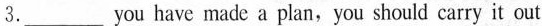
3.___ you have made a plan, you should carry it out